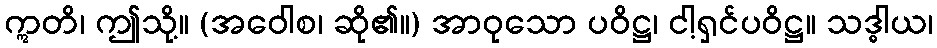
ဣတိ၊ ဤသို့။ (အဝေါစ၊ ဆို၏။) အာဝုသော ပဝိဋ္ဌ၊ ငါ့ရှင်ပဝိဋ္ဌ။ သဒ္ဓါယ၊